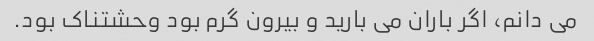
می دانم، اگر باران می بارید و بیرون گرم بود وحشتناک بود.